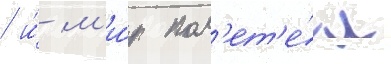
/ и́ м'и́р пол'ет'е́л